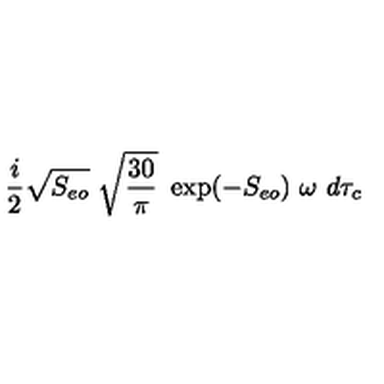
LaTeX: { \frac { i } { 2 } } \sqrt { S _ { e o } } \ \sqrt { { \frac { 3 0 } { \pi } } } \ \exp ( - S _ { e o } ) \ \omega \ d \tau _ { c }